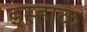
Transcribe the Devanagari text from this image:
इस्हाक